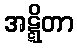
အဋ္ဋိတာ